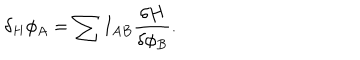
\delta _ { H } \phi _ { A } = \sum I _ { A B } { \frac { \delta H } { \delta \phi _ { B } } } .